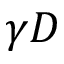
\gamma D